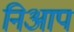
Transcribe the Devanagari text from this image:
निआप